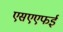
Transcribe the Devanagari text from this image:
एसएएफई